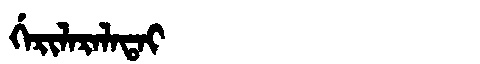
Manchu: ᡤᡝᡵᡳᠯᠠᡵᠠᠯᠠᡨᠠᡳ
Romanization: GERILARALATAI